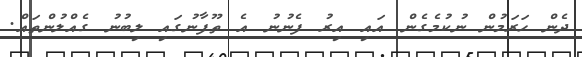
ދެން ހަރަމުން ނުކުމެގެން އައި އިރު ފެނުނު އެ ތޫފާނުގައި ލިބުނު ގެއްލުންތައް.